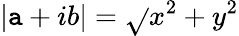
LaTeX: |\mathtt{a}+ib|=\sqrt{}{{x^{2}+y^{2}}}